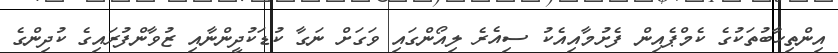
އިންތިހާބުތަކުގެ ކެމްޕެއިން ފެށުމާއިއެކު ސިއެރެ ލިއޯންގައި ވަގަށް ނަގާ ކުޑަކުދީންނާއި ޒުވާންފުރައިގެ ކުދިންގެ